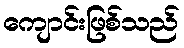
ကျောင်းဖြစ်သည်